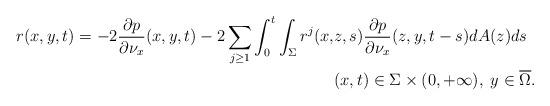
\begin{align*}r(x,y,t)=-2\frac{\partial p}{\partial \nu _x}(x,y,t) -2\sum_{j\geq 1}\int_0^t\int_\Sigma r^j(x,&z,s)\frac{\partial p}{\partial \nu _x}(z,y,t-s)dA(z)ds\\ &(x,t)\in \Sigma \times (0,+\infty ), \; y\in \overline{\Omega}.\end{align*}